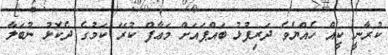
ކުރާނީ ކީއް ހެއްޔެވެ ދަރިފުޅު ބައްޕައަށް މަޢާފް ކުރޭ ކަމުގެ ދެކޮޅު ނުބަލާ